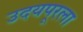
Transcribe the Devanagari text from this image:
उदयपूरला